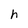
Character: h